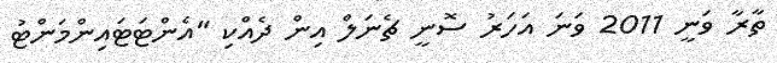
ތާރާ ވަނީ 2011 ވަނަ އަހަރު ސޮނީ ޗެނަލް އިން ދެއްކި "އެންޓަޓައިންމަންޓު